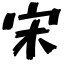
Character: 宋